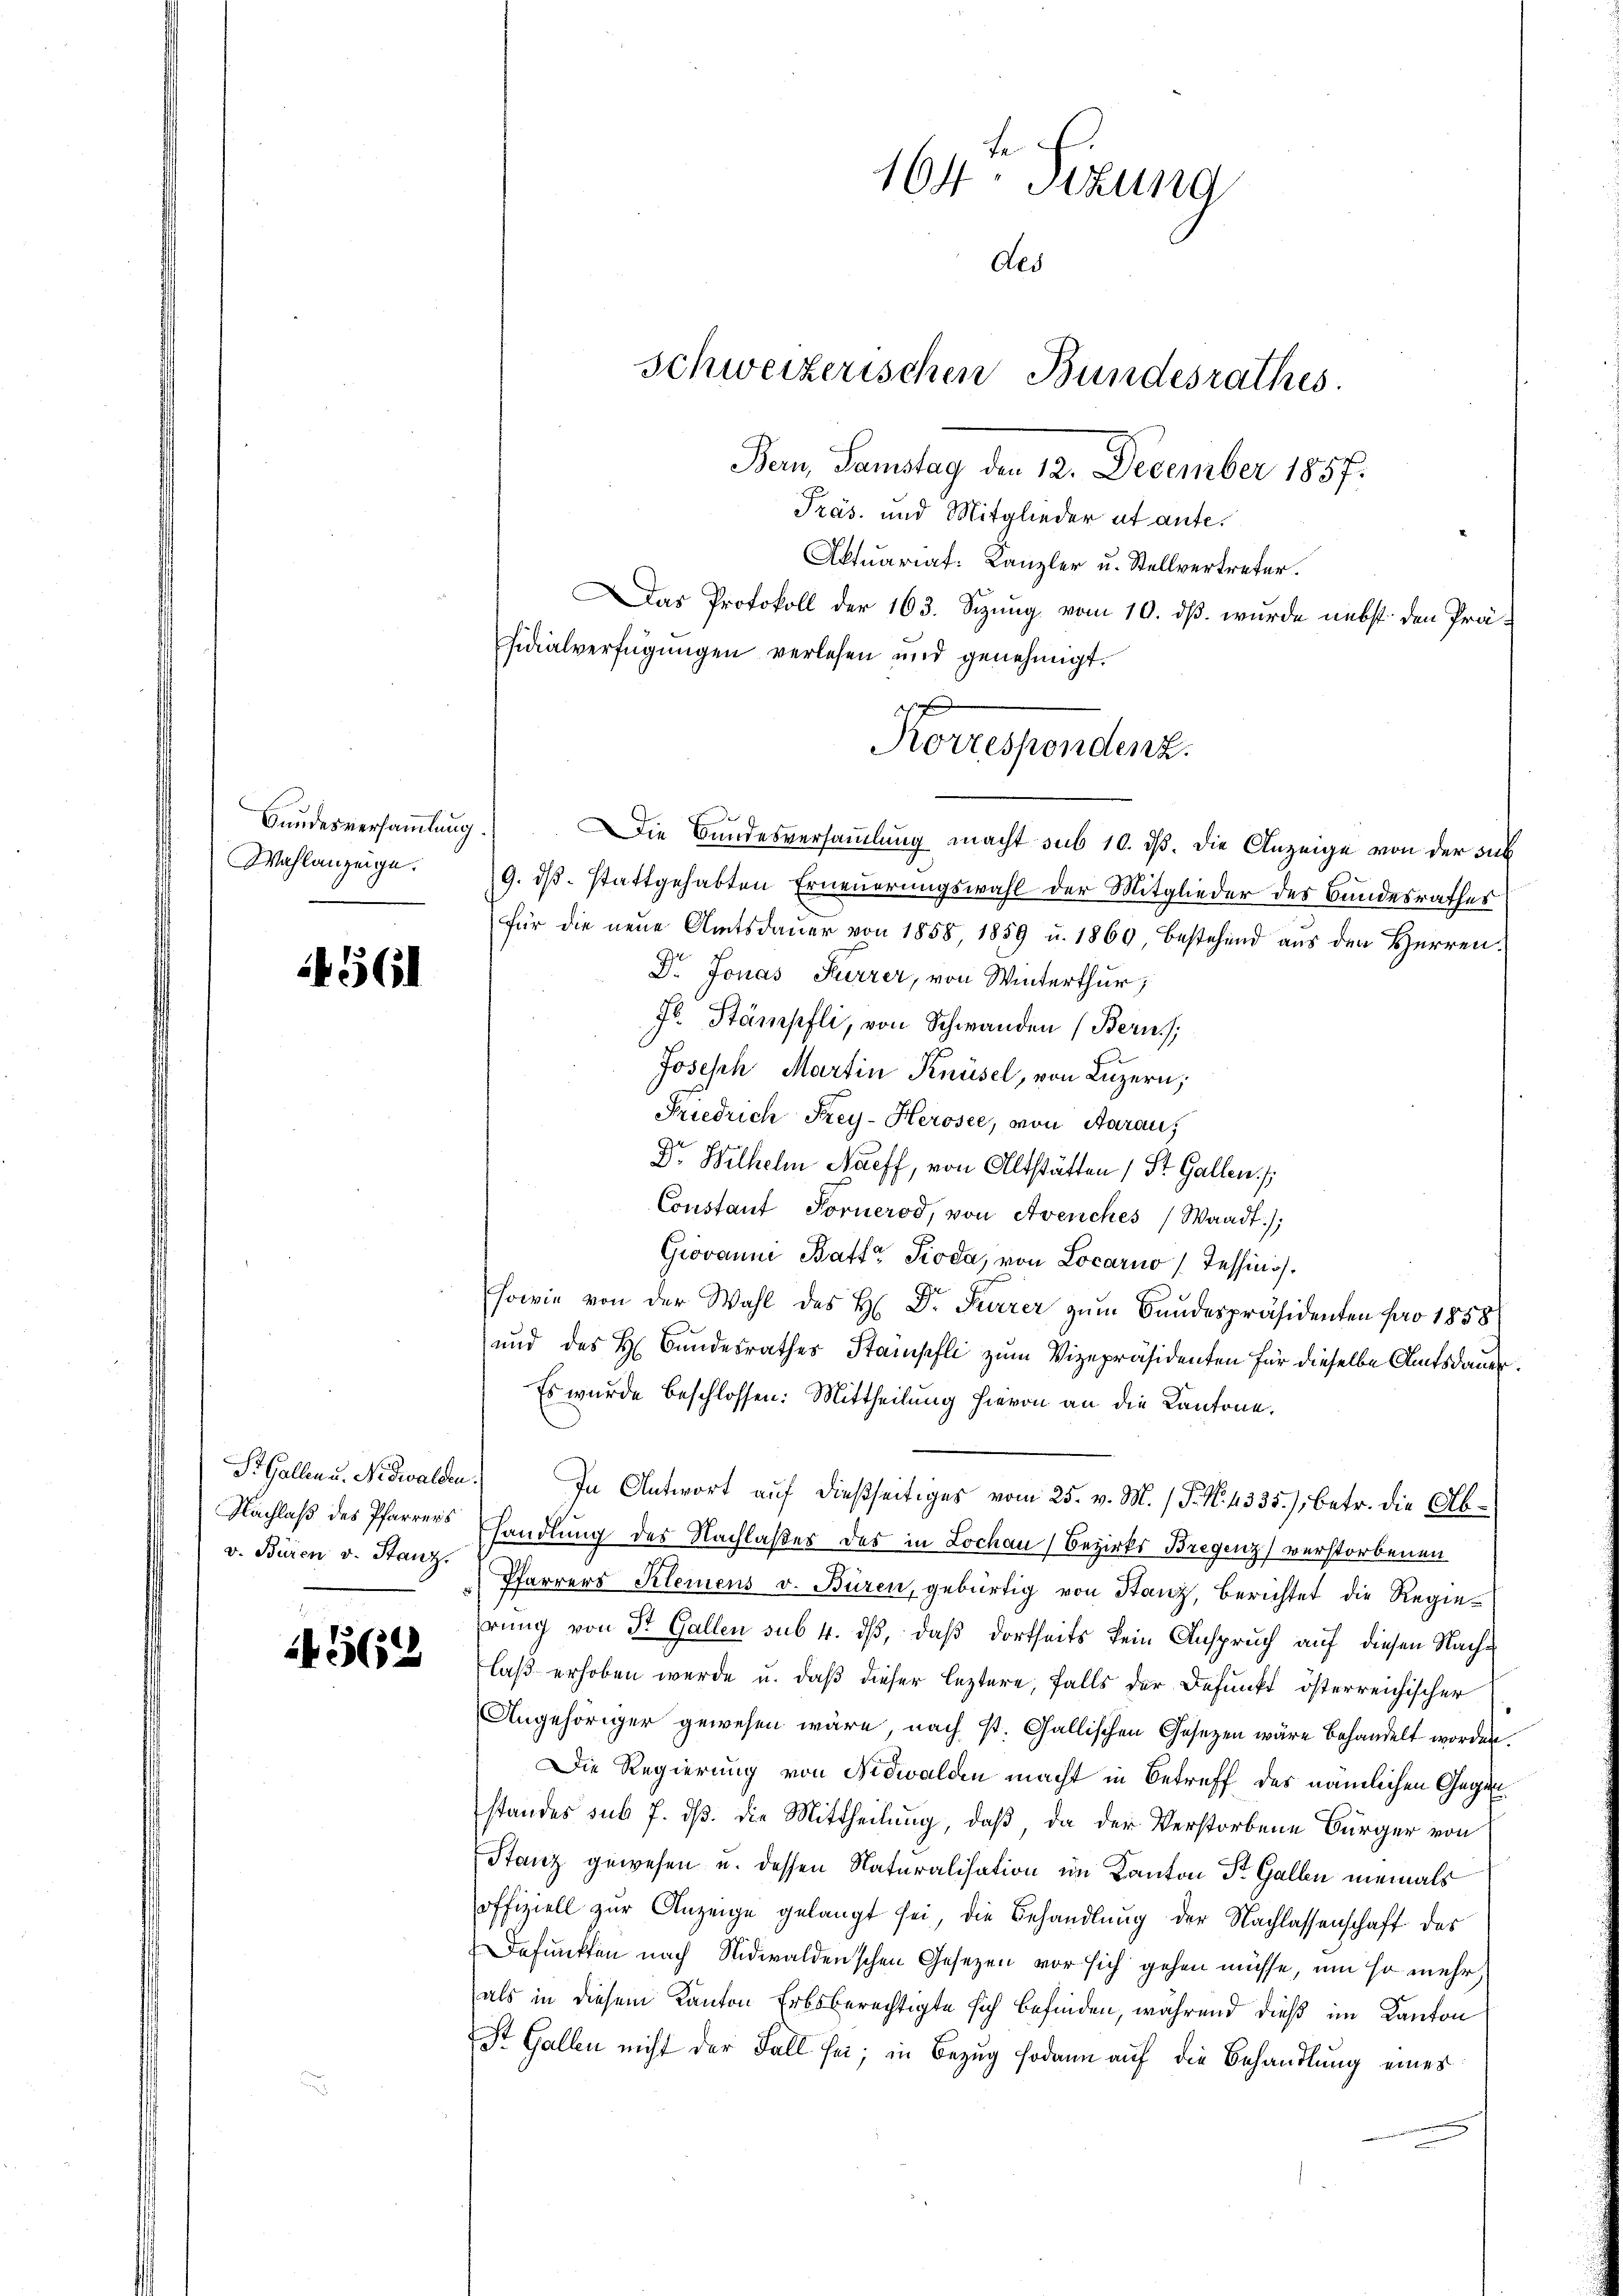
Bundesversammlung.
Wahlanzeige.

14561

Nachlaß des Pfarrers
v. Büren v. Stanz.

4562

164. Sizung
Als
Schweizerischen Bundesrathes.
Bern, Samstag den 12. December 1857.
Präs. und Mitglieder et ante.

Aktuariat: Kanzler u. Stellvertreter.
Das Protokoll der 163. Sizung vom 10. ds. wurde nebst den Prä-
Fidialverfügungen verlesen und genehmigt.
Die Bundesversammlung macht sub 10. ds. die Anzeige von der sub
9. dβ. stattgehabten Erneuerungswahl der Mitglieder des Bundesrathes
für die neŭe Amtsdaŭer von 1858, 1859 u. 1860 bestehend aus den Herren.
Dr. Jonas Furrer, von Winterthur,
Fr. Stämpfli, von Schwanden (Berns,
Joseph Martin Knüsel, von Luzern,
Friedrich Frey- Herosee, von Aarau,
Dr. Wilhelm Naeff, von Altstätten / St. Gallen. /
Constant Fornerod, von Avenches Waadt);
Giovanni Batta Pioda, von Locarno (Tessini.
sowie von der Wahl des H. Dr. Furrer zum Bundespräsidenten pro 1858
und des H. Bundesrathes Stampfli zum Vizepräsidenten für dieselbe Amtsdauer.
Es wurde beschlossen: Mittheilung hievon an die Kantone.
S. Gallen u. Nidwalden.) In Antwort auf dießseitiges vom 25. v. M. (T. N. 4335. /, betr. die Abhandlung des Nachlaßes des in Lochau (Bezirks Bregenz) verstorbenen
Pfarrers Klemens v. Büren, gebürtig von Stanz, berichtet die Regiehrung von St. Gallen sub. 4. dß, daß dortheits kein Anspruch auf diesen Nachlaß erhoben werde u. daß dieser leztere, falls der Befunkt österreichischer
Angehöriger gewesen wäre, nach st. Gallischen Gesezen wäre behandelt worden
Die Regierung von Nidwalden macht in Betreff des nämlichen Gegen
standes sub 7. dß. die Mittheilung, daß, da der Verstorbene Bürger von
Stanz gewesen u. dessen Naturalisation im Kanton Dr. Gallen niemals
offiziell zur Anzeige gelangt sei, die Behandlung der Nachlassenschaft das
Defunkten nach Nidwaldenschen Gesezen vor sich gehen müsse, um so mehr
als in diesem Kanton Erbsberechtigte sich befinden, während dieß im Kanton
St. Gallen nicht der Fall sei; in Bezug sodann auf die Behandlung eines

Korrespondenz.